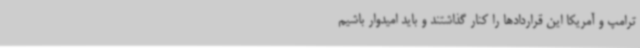
ترامپ و آمریکا این قراردادها را کنار گذاشتند و باید امیدوار باشیم